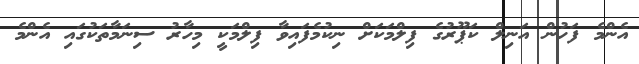
އެންމެ ފަހުން އަނިލް ކަޕޫރުގެ ފިލްމަކަށް ނިކުމެފައިވާ ފިލްމަކީ މިހާރު ސިނަމާތަކުގައި އެންމެ